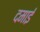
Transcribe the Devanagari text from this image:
दमाई